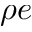
\rho e